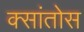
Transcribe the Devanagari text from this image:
क्सांतोस